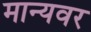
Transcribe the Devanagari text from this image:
मान्‍यवर